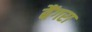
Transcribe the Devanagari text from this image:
बैंगरा